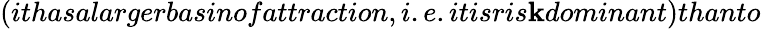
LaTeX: (ithasalargerbasinofattraction,i.e.itisris\mathbf{k}dominant)thanto